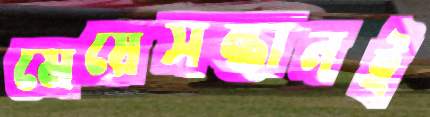
মেয়েসন্তানই